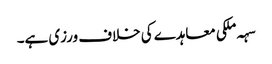
سہہ ملکی معاہدے کی خلاف ورزی ہے۔